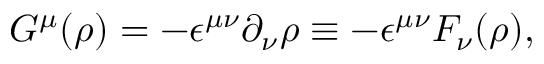
G ^ { \mu } ( \rho ) = - { \epsilon } ^ { { \mu } { \nu } } { \partial } _ { \nu } { \rho } \equiv - { \epsilon } ^ { { \mu } { \nu } } F _ { \nu } ( { \rho } ) ,